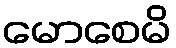
မောစေမိ